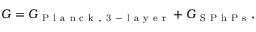
G = G _ { \mathrm { ~ P ~ l ~ a ~ n ~ c ~ k ~ , ~ 3 ~ - ~ l ~ a ~ y ~ e ~ r ~ } } + G _ { \mathrm { ~ S ~ P ~ h ~ P ~ s ~ } } { , }